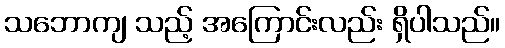
သဘောကျ သည့် အကြောင်းလည်း ရှိပါသည်။